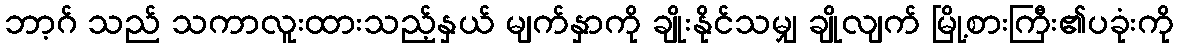
ဘာ့ဂ် သည် သကာလူးထားသည့်နှယ် မျက်နှာကို ချိုးနိုင်သမျှ ချိုလျက် မြို့စားကြီး၏ပခုံးကို